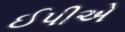
ઈપીએ